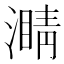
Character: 𤀜